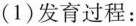
(1)发育过程：